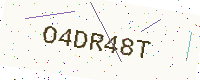
Text: O4DR48T